Vital statistics of India. Vol. IV, Annual returns from 1871 to 1876. British Army of India, Native Army and jails of Bengal
Year: 1871
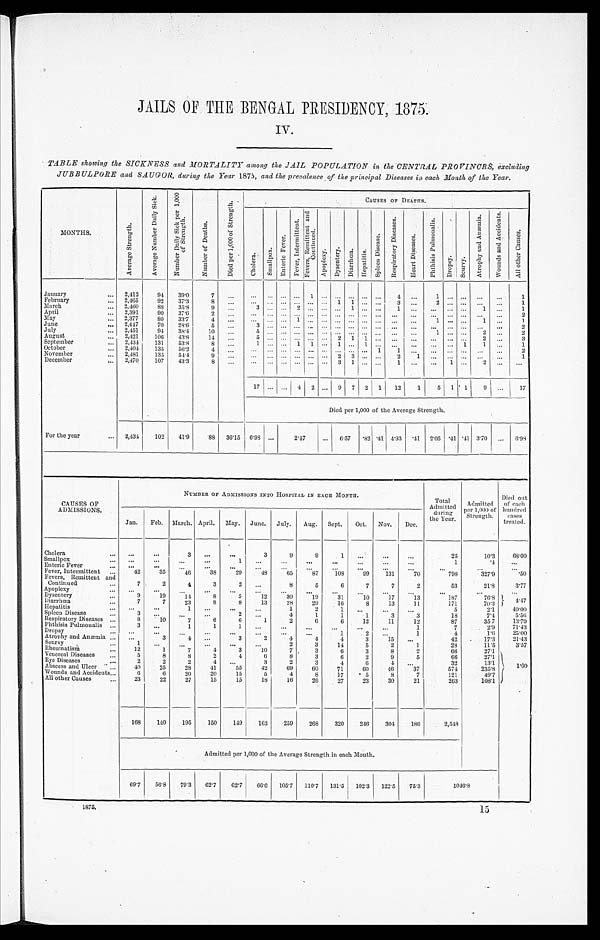
JAILS OF THE BENGAL PRESIDENCY, 1875.
IV.
TABLE showing the SICKNESS and MORTALITY among the JAIL POPULATION in the CENTRAL PROVINCES, excluding
JUBBULPORE and SAUGOR, during the Year 1875, and the prevalence of the principal Diseases in each Month of the Year.
MONTHS.
A v e r a g e S t r e n g t h .
A v e r a g e N u m b e r D a i l y S i c k .
N u m b e r D a i l y S i c k p e r 1 , 0 0 0 o f s t r e n g t h .
N u m b e r o f D e a t h s .
D i e d p e r 1 , 0 0 0 o f S t r e n g t h .
C A U S E S O F D E A T H S .
C h o l e r a .
S m a l l p o x .
E n t e r i c F e v e r .
F e v e r , I n t e r m i t t e n t .
F e v e r s , R e m i t t e n t a n d C o n t i n u e d .
A p o p l e x y . D y s e n t e r y . D i a r r h œ a .
H e p a t i t i s .
S p l e e n D i s e a s e s .
R e s p i r a t o r y D i s e a s e s .
H e a r t D i s e a s e s .
P h t h i s i s p u l m o n a l i s .
D r o p s y . S c u r v y .
A t r o p h y a n d A n æ m i a .
w o u n d s a n d A c c i d e n t s .
A l l o t h e r C a u s e s .
January
. . .
2,412
94 39.0
7
...
...
. . .
... ...
1
. . . . . . . . . . . . . . .
4
. . .
1
. . . . . .
. . . ...
1
February
... 2,465
92
37.3
8
. . .
. . . . . . . . . ... ... ... 1 1
. . . . . . 3 ...
2 ... ... ... ...
1
March
... 2,460
88 35.8
9
. . . 3
. . . . . . 2 ...
. . . . . . 1 . . . . . .
1 ... ...
. . . . . . 1 ...
1
April
... 2,391
90
37.6
2 ...
... ...
. . . . . . ... . . . . . . . . . . . . ... ... ... ... ... ... ... ...
2
May
... 2,377
8 0 33.7
4 ...
...
. . . ... 1 ...
. . . . . . . . . . . . ... ... ...
1
. . . . . .
. . . 1 ...
1
June
... 2,447
70
28.6
5
. . . 3
. . . . . . . . .
...
. . . . . . . . . . . . . . . ... ...
... ... ... ... ...
2
July
... 2,451
94 38.4
10 ...
5 ...
. . . ... ...
. . . ... ... ... ... ... ...
1 ...
. . . 2 ...
2
August
... 2,421
106
43.8
14 ... 5
. . . . . . . . . . . . . . . 2 1 1
. . . ... ... ... ... ...
2 ...
3
September
... 2,434
131
53.8
8 ... 1
. . . . . . 1 1
. . . 1 . . . 1
. . . ... ...
...
. . . 1
1 ...
1
October
... 2,404
135
56.2
4
. . . ...
. . . . . . . . . . . . . . . . . . . . . ... 1
1 ... ... ... ... ... ...
2
November
... 2,481
135
54.4
9
. . .
. . .
. . . . . . . . . . . . . . . . . . . . . ... ...
2
1 ...
. . . . . .
. . . ...
1
December
... 2,470
107
43.3
8 ... ...
. . . . . . . . . . . . . . . . . . . . . ...
. . .
1
. . . ...
1 . . .
2 . . . ...
17 ... ... 4 2 ... 9 7 2 1 12
1
5 1
1
9 ...
17
Died per 1,000 of the Average Strength.
For the year
... 2,434 102 41.9
88 36.15 6.98 ...
2.47
... 6.57 .82.41 4.93
. 4 1 2.05 .4 1 .41 3.70 ... 6.98
CAUSES OF
ADMISSIONS.
NUMBER OF ADMISSIONS .INTO HOSPITAL IN EACH MONTH.
Total
Admitted
during
the Year.
Admitted
der 1,000 of
Strength.
Died out
of each
hundred
cases
treated.
Jan. Feb. March. April. May. June. July. Aug. Sept. Oct. Nov. Dec.
Cholera
... ...
...
3
. . .
...
3
9
9
1 ...
...
...
25
10.3
68.00
Smallpox
... ...
. . .
. . . ...
1
. . .
. . .
. . . ...
. . . ...
...
1
. 4 ...
Enteric Fever
. . .
. . .
. . .
. . . . . .
. . . ...
. . .
. . .
. . .
...
...
...
. . .
...
. . .
Fever, Intermittent ...
4 2
35
46
38
29
48
65
87
108
99
131
70
798
327.9
. 5 0
Fevers, Remittent and
Continued
...
7
2
4
3
2 ...
8
5
6
7
7
2
53
21.8
3.77
Apoplexy
... ...
...
. . . . . .
. . . ...
. . .
. . . ...
. . . ...
. . .
...
...
. . .
Dysentery
. . .
9
19
14
8
5
12
3 0
19
31
1 0
17
13
187
76.8
4.47
Diarrhœa.
...
7
7
23
8
8
13
28
29
16
8
13
11
171
70.3
Hepatitis
. . . ...
...
1
. . . ...
...
1
2
1 ...
...
...
5
2.1
40.00
Spleen Disease
...
3
. . . ...
. . .
2
. . .
4
1
1
1
3
3
18
7.4
5.56
Respiratory Diseases ...
8
10
7
6
6
1
2
6
6
12
11
12
87
35.7
13.79
Phthisis Pulmonalis ...
3
. . .
1
1
1 ...
. . .
. . . ...
. . .
. . .
1
7
2.9
7 1 . 4 3
Dropsy
... ...
...
...
. . .
. . .
. . .
. . .
. . .
1
2
. . .
1
4
1.6
2 5 . 0 0
Atrophy and Anæmia ... ...
3
4
. . .
3
2
4
4
4
3
15 ...
42
17.3
21.43
Scurvy
...
1 ...
...
...
...
...
2
3
14
5
2
1
28
11.5
3.57
Rheumatism
...
12
1
7
4
3
10
7
3
6
3
8
2
66
27.1
1.60
Venereal Diseases
...
5
8
8
2
4
6
8
3
6
2
9
5
66
27.1
Eye Disease
. . .
2
2
2
4
. . .
3
2
3
4
6
4
. . .
32
13.1
Abscess and Ulcer
. . .
40
25
28
41
55
42
69
60
71
60
46
3 7
574
235.8
Wounds and Accidents...
6
6
20
20
15
5
1
8
17
5
8
7
121
49.7
All other Cause
...
23
22
27
15
15
18
16
26
27
23
30
21
263
108.1
168
140
195
150
149
163
259
268
320
246
304 186
2,548
Admitted per 1,000 of the Average Strength in each Month.
69.7 56.8 79.3 62.7 62.7 66.6 10.57 110.7 131.5 102.3 122.5 75.3
1 0 4 6 . 8
1875.
15